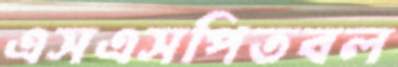
এসএসপিতবল